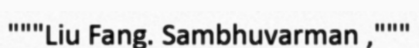
"""Liu Fang. Sambhuvarman ,"""